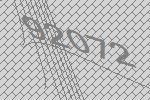
92072